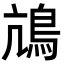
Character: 䲳